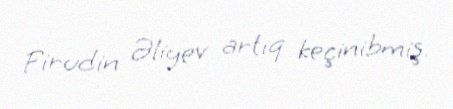
Firudin Əliyev artıq keçinibmiş.